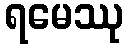
ရမေဿု